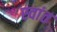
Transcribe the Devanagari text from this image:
स्वांत